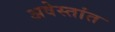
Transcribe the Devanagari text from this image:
अवेस्तांत